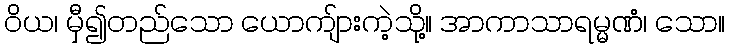
ဝိယ၊ မှီ၍တည်သော ယောကျ်ားကဲ့သို့။ အာကာသာရမ္မဏံ၊ သော။